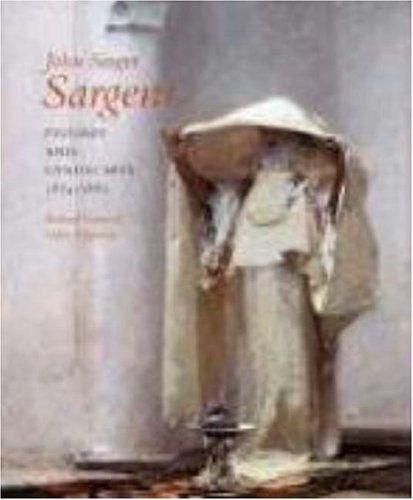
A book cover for John Singer Sargent: Figures and Landscapes, 1874-1882; Complete Paintings: Volume IV; Richard Ormond; Arts & Photography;